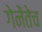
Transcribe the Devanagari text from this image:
गेनेंतेच